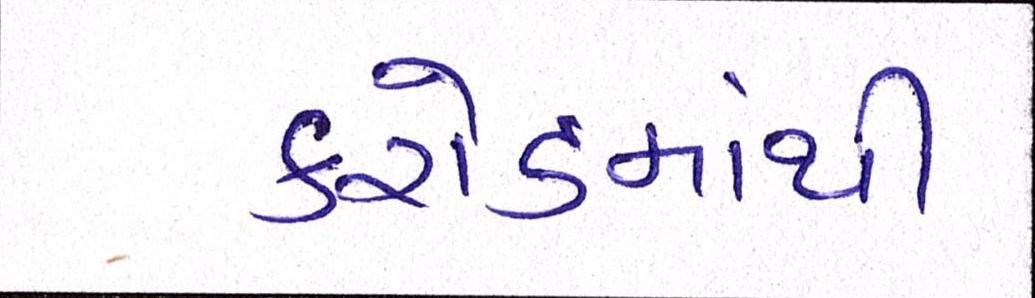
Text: કરોડમાંથી